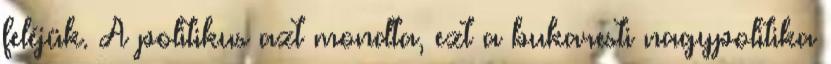
feléjük. A politikus azt mondta, ezt a bukaresti nagypolitika